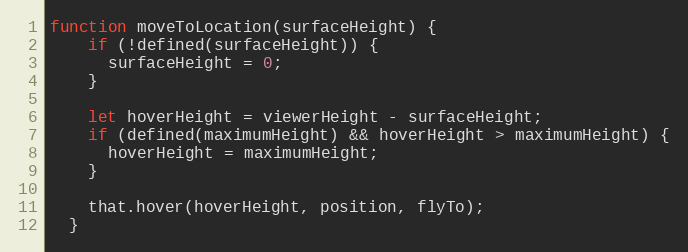
Language: JavaScript
function moveToLocation(surfaceHeight) {
    if (!defined(surfaceHeight)) {
      surfaceHeight = 0;
    }

    let hoverHeight = viewerHeight - surfaceHeight;
    if (defined(maximumHeight) && hoverHeight > maximumHeight) {
      hoverHeight = maximumHeight;
    }

    that.hover(hoverHeight, position, flyTo);
  }